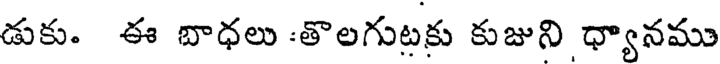
డుకు. ఈ బాధలు :తొలగుటకు కుజుని ధ్యానము